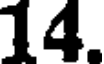
14.